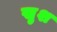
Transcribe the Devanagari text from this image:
खु़श